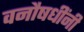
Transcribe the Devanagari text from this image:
वनौषधींनी